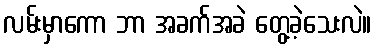
လမ်းမှာကော ဘာ အခက်အခဲ တွေ့ခဲ့သေးလဲ။